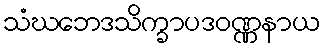
သံဃဘေဒသိက္ခာပဒဝဏ္ဏနာယ